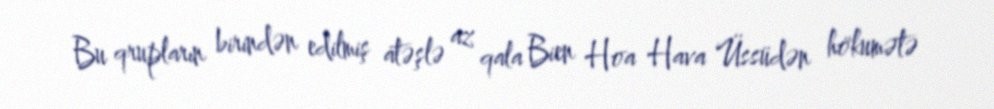
Bu qrupların birindən edilmiş atəşlə az qala Bien Hoa Hava Üssüdən hökumətə